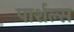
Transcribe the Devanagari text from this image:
पार्शल्स